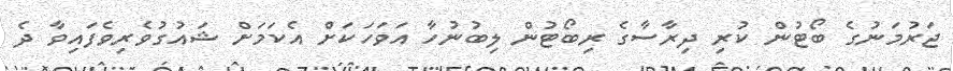
ޖަރުމަނުގެ ބޯޓުން ކުރި ދިރާސާގެ ރިބޯޓުން ލިބުނުހާ އަވަހަކަށް އެކަމަށް ޝައުގުވެރިވެފައިވާ ދެ